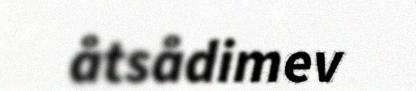
åtsådimev